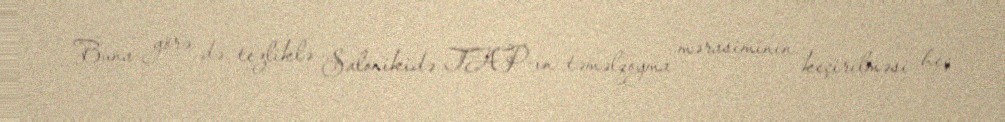
Buna görə də tezliklə Salonikidə TAP-ın təməlqoyma mərasiminin keçirilməsi heç